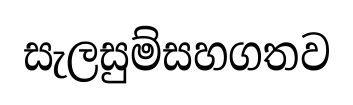
සැලසුම්සහගතව